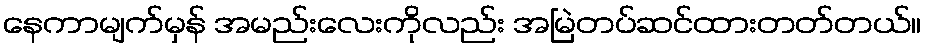
နေကာမျက်မှန် အမည်းလေးကိုလည်း အမြဲတပ်ဆင်ထားတတ်တယ်။